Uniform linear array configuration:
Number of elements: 32
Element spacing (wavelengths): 0.5
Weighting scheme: binomial
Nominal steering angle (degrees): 45
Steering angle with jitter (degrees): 44.988
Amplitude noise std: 0.05
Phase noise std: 0.05

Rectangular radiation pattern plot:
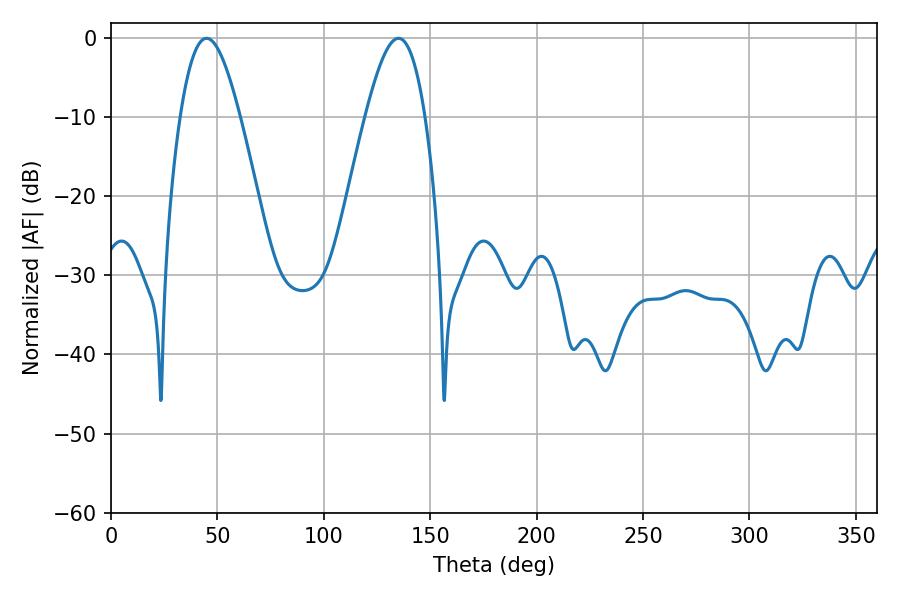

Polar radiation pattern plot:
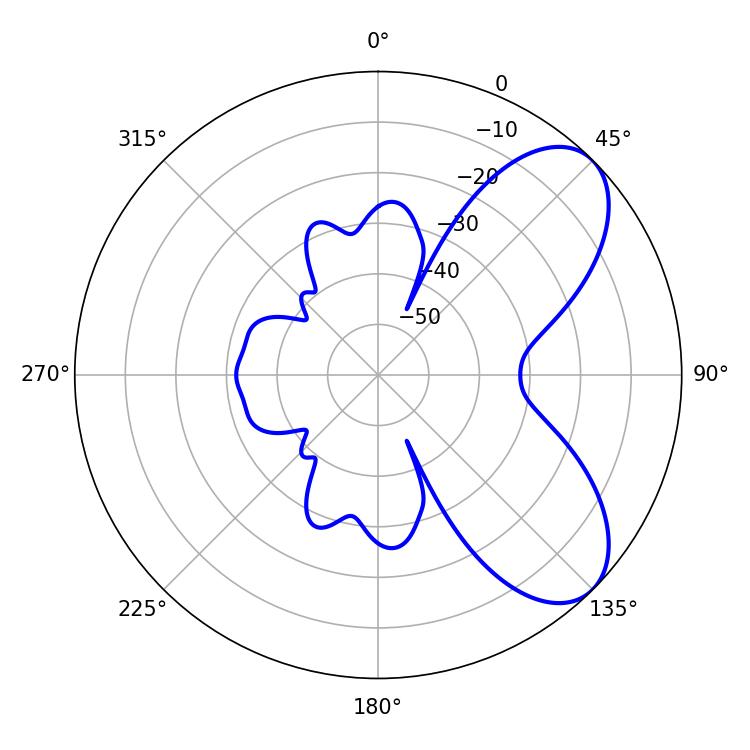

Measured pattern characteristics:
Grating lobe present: FALSE
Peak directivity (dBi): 6.879
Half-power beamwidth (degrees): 15.12
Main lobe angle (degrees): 44.82